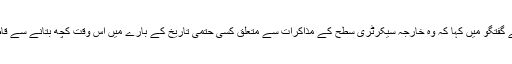
گوتم بمبانوالے نے پیر کو اسلام آباد میں ذرائع ابلاغ کے نمائندوں سے گفتگو میں کہا کہ وہ خارجہ سیکرٹری سطح کے مذاکرات سے متعلق کسی حتمی تاریخ کے بارے میں اس وقت کچھ بتانے سے قاصر ہیں لیکن اُنھیں توقع ہے کہ بات چیت کا یہ عمل جلد شروع ہو گا۔